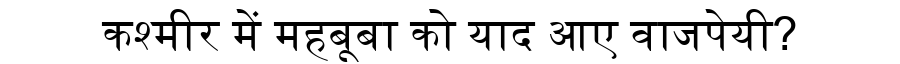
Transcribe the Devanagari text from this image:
कश्मीर में महबूबा को याद आए वाजपेयी?